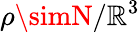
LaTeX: \rho\simN/\mathbb{R}^{3}